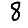
Digit: 8